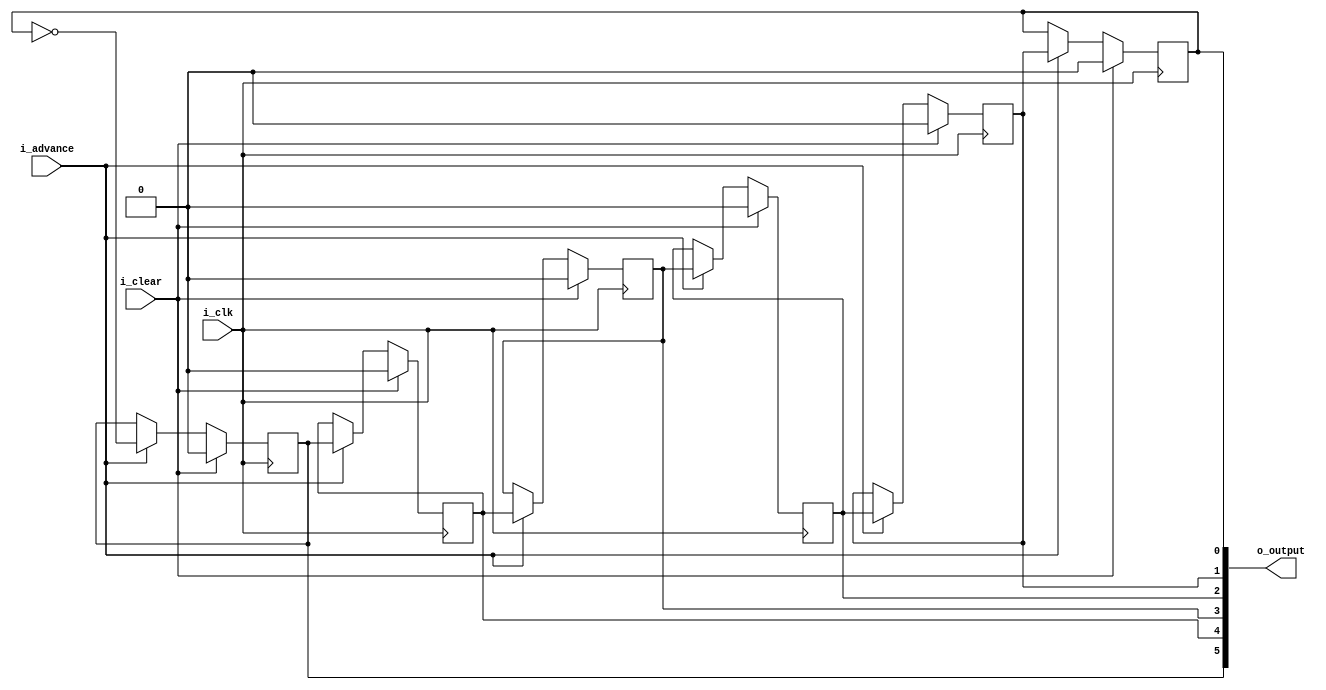
module docount1(i_clk,
	i_clear,
	i_advance,
	o_output);

input wire i_clk;
input wire i_clear;
input wire i_advance;
output wire [5:0] o_output;

reg a,b,c,d,e,f;

assign o_output = {a,b,c,d,e,f};

wire [5:0] next_count;
assign next_count = {~f, a, b, c, d, e};

always @(posedge i_clk) begin
	if (i_clear)
		{a,b,c,d,e,f} <= 6'b0;
	else if (i_advance)
		{a,b,c,d,e,f} <= next_count;
end

endmodule